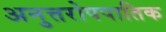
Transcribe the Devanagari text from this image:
अनुत्तरोपपातिक